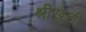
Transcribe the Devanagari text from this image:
श्रीखुटी